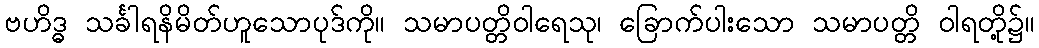
ဗဟိဒ္ဓ သင်္ခါရနိမိတ်ဟူသောပုဒ်ကို။ သမာပတ္တိဝါရေသု၊ ခြောက်ပါးသော သမာပတ္တိ ဝါရတို့၌။